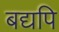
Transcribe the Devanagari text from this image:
बद्यपि